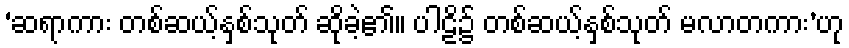
‘ဆရာကား တစ်ဆယ့်နှစ်သုတ် ဆိုခဲ့၏။ ပါဠိ၌ တစ်ဆယ့်နှစ်သုတ် မလာတကား’ဟု